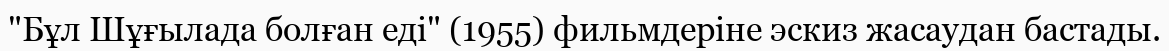
"Бұл Шұғылада болған еді" (1955) фильмдеріне эскиз жасаудан бастады.